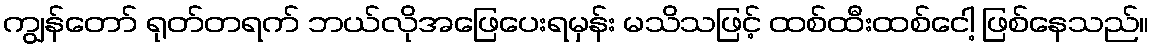
ကျွန်တော် ရုတ်တရက် ဘယ်လိုအဖြေပေးရမှန်း မသိသဖြင့် ထစ်ထီးထစ်ငေါ့ ဖြစ်နေသည်။